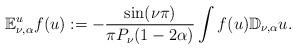
LaTeX: \begin{align*}\mathbb E_{\nu,\alpha}^uf(u):=-\frac{\sin(\nu \pi)}{\pi P_\nu(1-2\alpha)}\int f(u)\mathbb D_{\nu,\alpha} u.\end{align*}